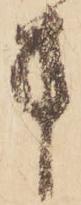
方